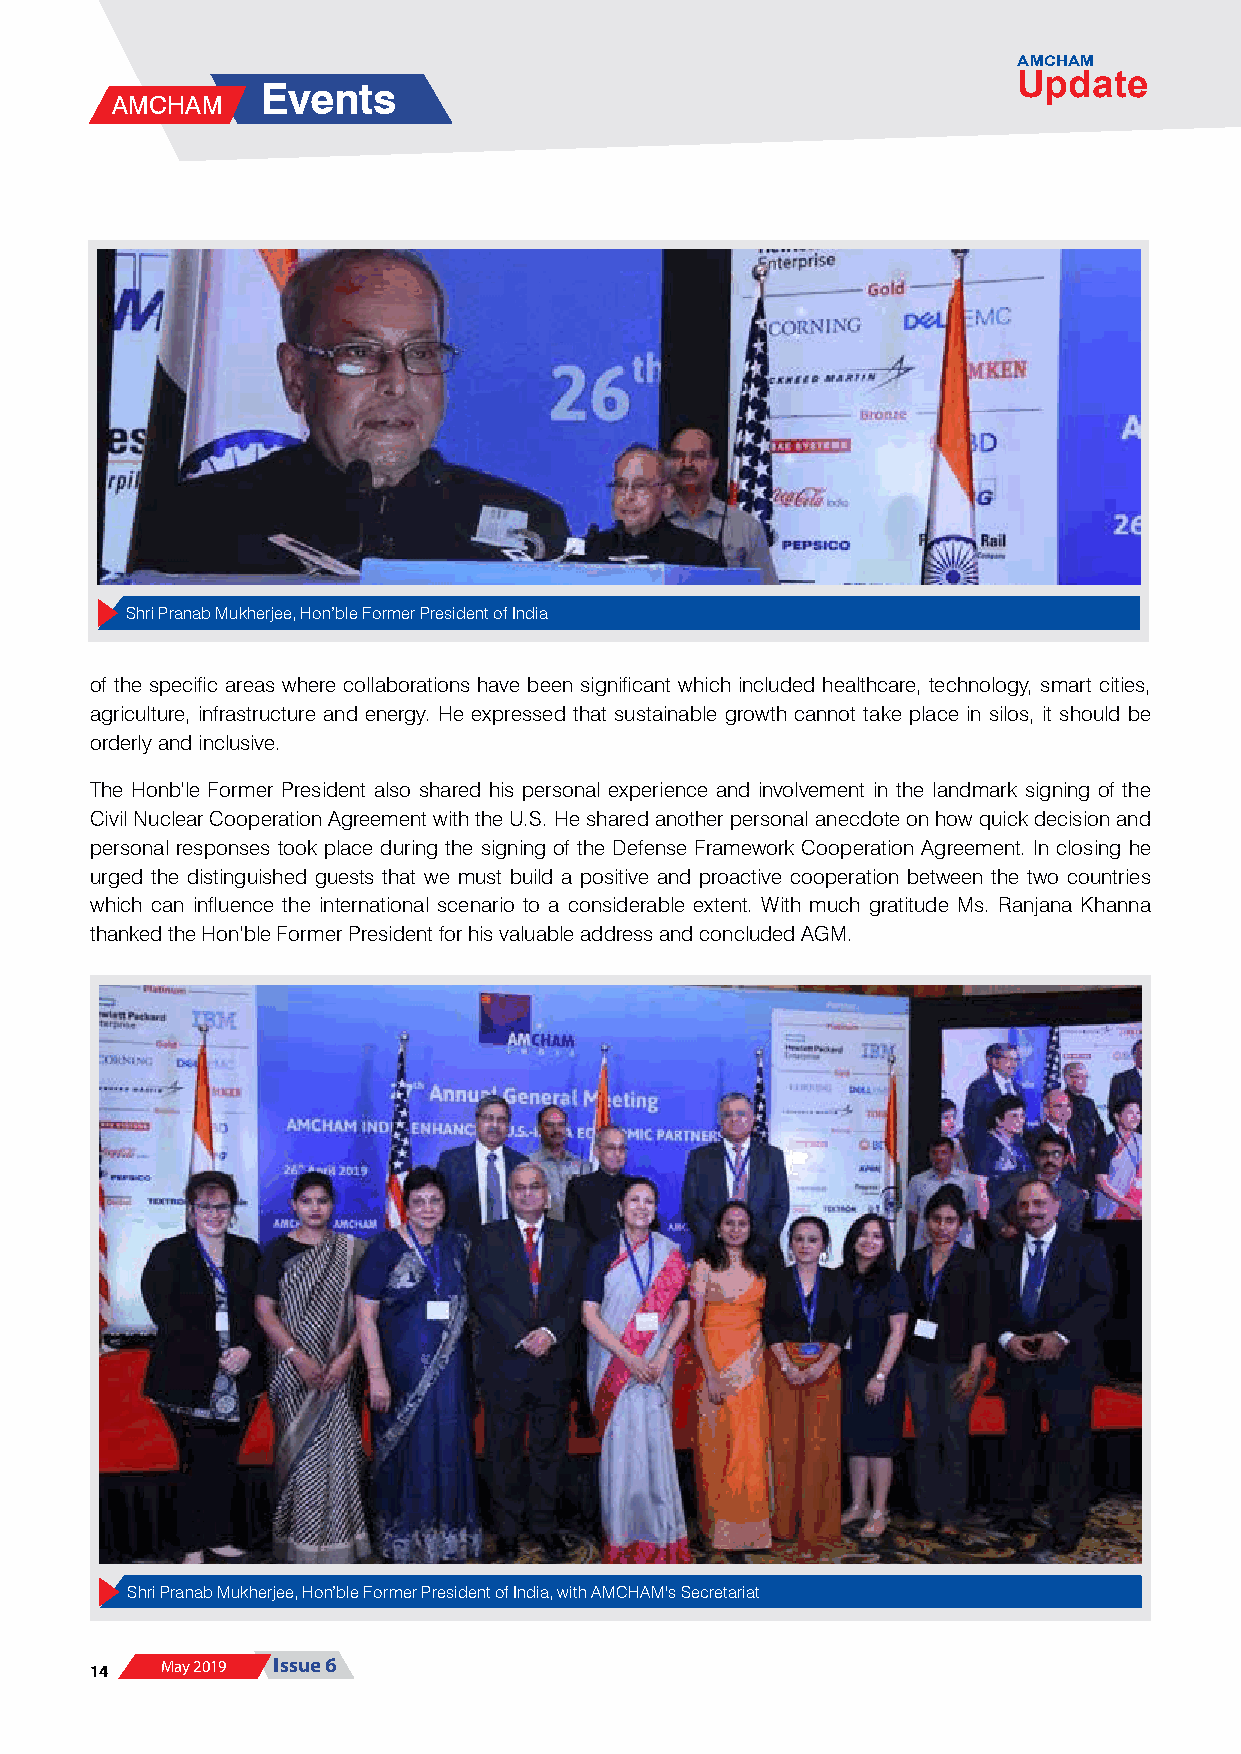
AMCHAM
 Update
 Events
 AMCHAM
 Shri Pranab Mukherjee, Hon’ble Former President of India
 of the specific areas where collaborations have been significant which included healthcare, technology, smart cities,
 agriculture, infrastructure and energy. He expressed that sustainable growth cannot take place in silos, it should be
 orderly and inclusive.
 The Honb’le Former President also shared his personal experience and involvement in the landmark signing of the
 Civil Nuclear Cooperation Agreement with the U.S. He shared another personal anecdote on how quick decision and
 personal responses took place during the signing of the Defense Framework Cooperation Agreement. In closing he
 urged the distinguished guests that we must build a positive and proactive cooperation between the two countries
 which can influence the international scenario to a considerable extent. With much gratitude Ms. Ranjana Khanna
 thanked the Hon’ble Former President for his valuable address and concluded AGM.
 Shri Pranab Mukherjee, Hon’ble Former President of India, with AMCHAM's Secretariat
 14   May 2019 Issue 6